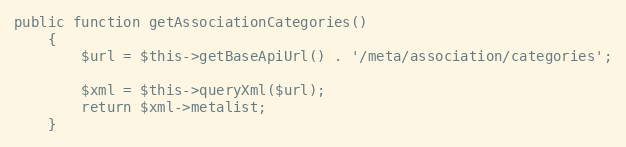
Language: PHP
public function getAssociationCategories()
    {
        $url = $this->getBaseApiUrl() . '/meta/association/categories';

        $xml = $this->queryXml($url);
        return $xml->metalist;
    }